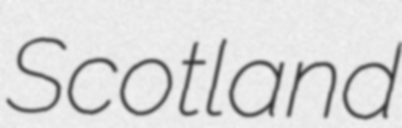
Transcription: Scotland